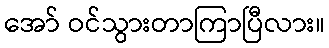
အော် ဝင်သွားတာကြာပြီလား။